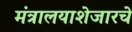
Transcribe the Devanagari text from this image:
मंत्रालयाशेजारचे